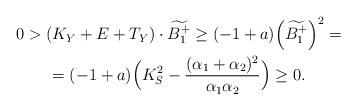
LaTeX: \begin{gather*}0>(K_Y+E+T_Y)\cdot \widetilde{B_1^+}\geq (-1+a)\Big(\widetilde{B_1^+}\Big)^2=\\ =(-1+a)\Big(K_S^2-\frac{(\alpha_1+\alpha_2)^2}{\alpha_1\alpha_2}\Big)\geq 0.\end{gather*}